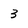
Character: 3